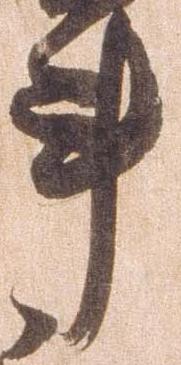
事